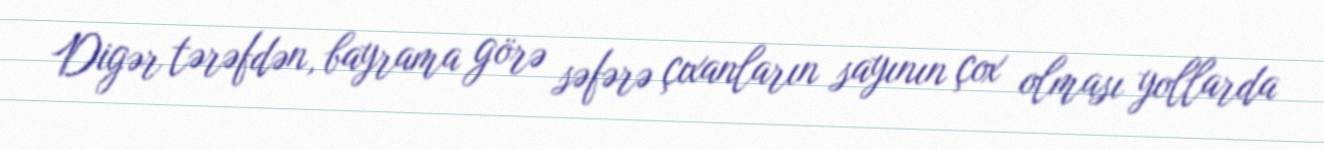
Digər tərəfdən, bayrama görə səfərə çıxanların sayının çox olması yollarda